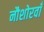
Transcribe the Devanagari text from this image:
नौशोरवाँ